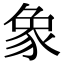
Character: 象